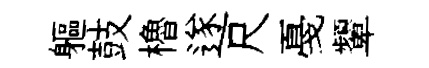
軀鼓櫓遂尺戞顰